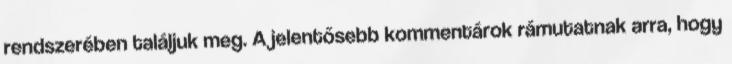
rendszerében találjuk meg. A jelentősebb kommentárok rámutatnak arra, hogy